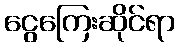
ငွေကြေးဆိုင်ရာ